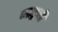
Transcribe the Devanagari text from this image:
जाड्रनी